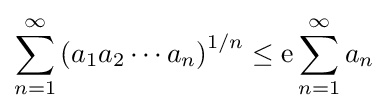
\sum _{n=1}^{\infty }\left(a_{1}a_{2}\cdots a_{n}\right)^{1/n}\leq \mathrm {e} \sum _{n=1}^{\infty }a_{n}